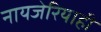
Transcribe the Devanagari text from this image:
नायजेरियाही